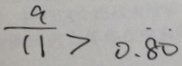
\frac { a } { 1 1 } > 0 . \dot { 8 } \dot { 0 }